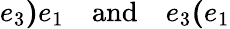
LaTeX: e_{3}\mathbf{)}e_{1}\quad\mathrm{and}\quad e_{3}\mathbf{(}e_{1}